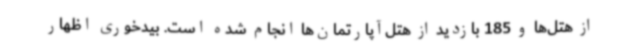
از هتل‌ها و 185 بازدید از هتل‌آپارتمان‌ها انجام شده است. بیدخوری اظهار